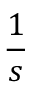
\frac { 1 } { s }